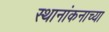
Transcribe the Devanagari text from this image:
स्थानांकनाच्या